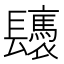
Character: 𨳀